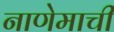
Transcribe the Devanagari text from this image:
नाणेमाची